Indian journal of veterinary science and animal husbandry - Volume 5,
Year: 1935
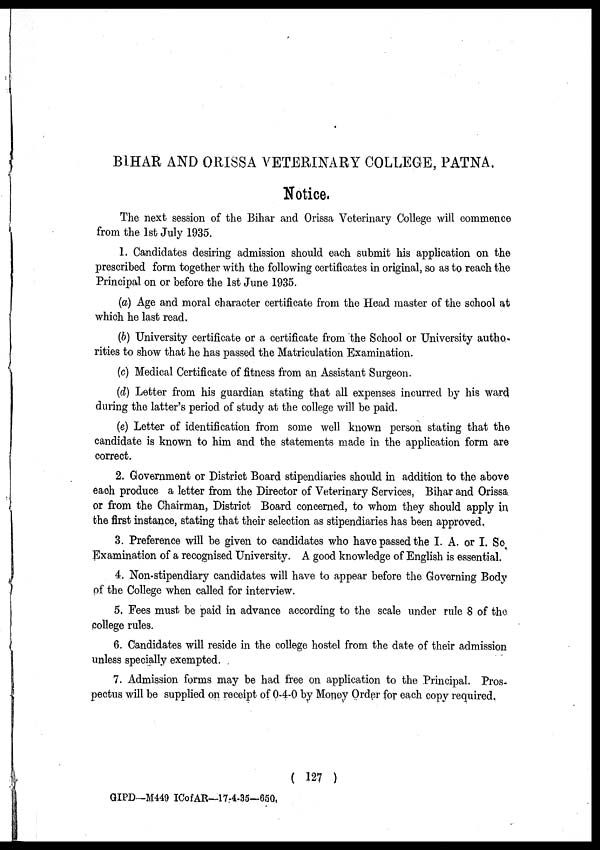
BIHAR AND ORISSA VETERINARY COLLEGE, PATNA.
Notice.
The next session of the Bihar and Orissa Veterinary College will commence
from the 1st July 1935.
1. Candidates desiring admission should each submit his application on the
prescribed form together with the following certificates in original, so as to reach the
Principal on or before the 1st June 1935.
(a) Age and moral character certificate from the Head master of the school at
which he last read.
(b) University certificate or a certificate from the School or University autho¬
rities to show that he has passed the Matriculation Examination.
(c) Medical Certificate of fitness from an Assistant Surgeon.
(d) Letter from his guardian stating that all expenses incurred by his ward
during the latter's period of study at the college will be paid.
(e) Letter of identification from some well known person stating that the
candidate is known to him and the statements made in the application form are
correct.
2. Government or District Board stipendiaries should in addition to the above
each produce a letter from the Director of Veterinary Services, Bihar and Orissa
or from the Chairman, District Board concerned, to whom they should apply in
the first instance, stating that their selection as stipendiaries has been approved.
3. Preference will be given to candidates who have passed the I. A. or I. So.
Examination of a recognised University. A good knowledge of English is essential.
4. Non-stipendiary candidates will have to appear before the Governing Body
of the College when called for interview.
5. Fees must be paid in advance according to the scale under rule 8 of the
college rules.
6. Candidates will reside in the college hostel from the date of their admission
unless specially exempted.
7. Admission forms may be had free on application to the Principal. Pros-
pectus will be supplied on receipt of 0-4-0 by Money Order for each copy required.
( 127 )
GIPD—M449 ICofAR—17-4-35—650.